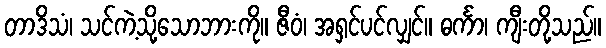
တာဒိသံ၊ သင်ကဲ့သို့သောဘားကို။ ဇီဝံ၊ အရှင်ပင်လျှင်။ ဓင်္ကာ၊ ကျီးတို့သည်။